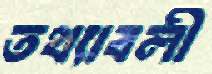
তথ্যাবলী